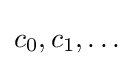
c_{0},c_{1},\dots